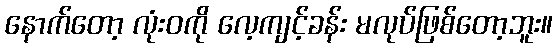
နောက်တော့ လုံးဝကို လေ့ကျင့်ခန်း မလုပ်ဖြစ်တော့ဘူး။